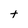
Character: t